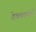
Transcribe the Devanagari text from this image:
देवबापाने